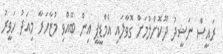
ރައީސް ނަޝީދު ދޫކޮށްލުމަށް ގޮވާލައި އެމްޑީޕީ އިން ބޭއްވި މުޒާހަރާ މިއަދު ހަވީރު